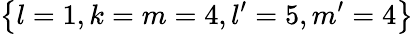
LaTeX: \left\{ l=1,k=m=4,l^{\prime}=5,m^{\prime}=4\right\}